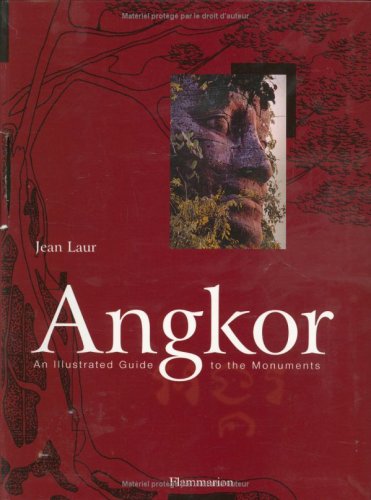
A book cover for Angkor: An Illustrated Guide to the Monuments; Jean Laur; Travel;